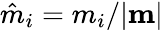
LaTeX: \hat{m}_{i}=m_{i}/|{\mathbf m}|